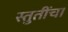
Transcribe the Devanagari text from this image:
स्तुतींचा